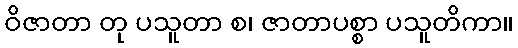
ဝိဇာတာ တု ပသူတာ စ၊ ဇာတာပစ္စာ ပသူတိကာ။